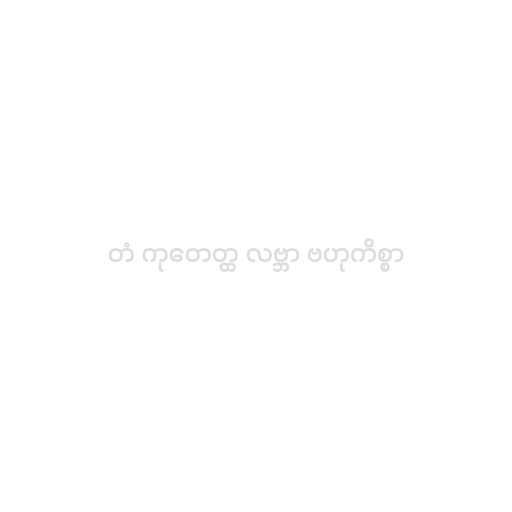
တံ ကုတေတ္ထ လဗ္ဘာ ဗဟုကိစ္စာ